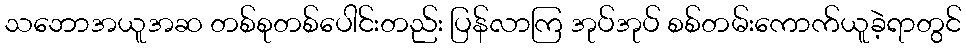
သဘောအယူအဆ တစ်စုတစ်ပေါင်းတည်း ပြန်လာကြ အုပ်အုပ် စစ်တမ်းကောက်ယူခဲ့ရာတွင်